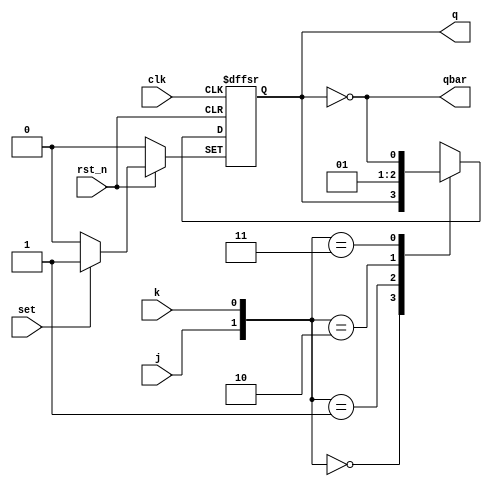
module jkff_sar (
    clk, rst_n, set, j, k, q, qbar
);
    input clk, rst_n, set, j, k;
    output q, qbar;
    reg q;
    wire qbar;

    always @(posedge clk, negedge rst_n, posedge set) begin
        if(!rst_n)  q <= 1'b0;
        else if(set)    q <= 1'b1;
        else 
        begin
            case ({j, k})
                2'b00: q <= q;
                2'b01: q <= 1'b0;
                2'b10: q <= 1'b1;
                2'b11: q <= ~q;
                default: q <= q;
            endcase
        end
    end
    assign qbar = ~q;
endmodule